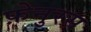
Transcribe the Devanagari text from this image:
फ़ेनुरस